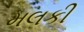
મલકી